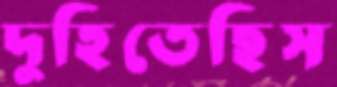
দুহিতেছিস